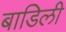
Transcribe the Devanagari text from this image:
बाडिली